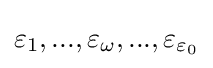
\varepsilon _{1},...,\varepsilon _{\omega },...,\varepsilon _{\varepsilon _{0}}